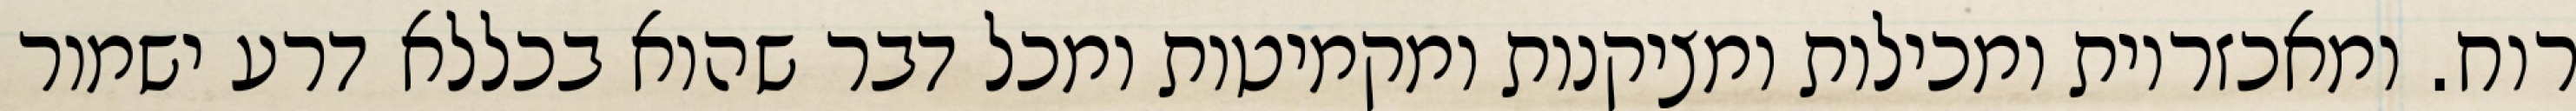
רוח. ומאכזריות ומכילות ומציקנות ומקמיטות ומכל דבר שהוא בכללא דרע ישמור